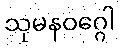
သုမနဝဂ္ဂေါ